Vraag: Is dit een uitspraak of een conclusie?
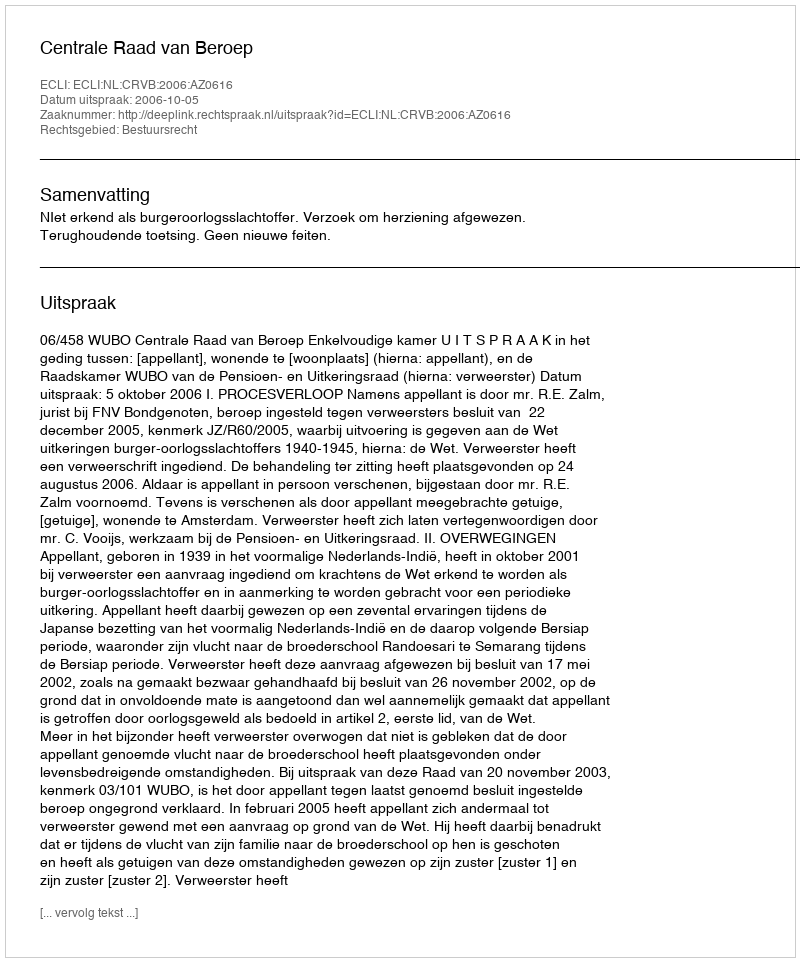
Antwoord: Uitspraak